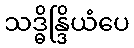
သဒ္ဓိန္ဒြိယံပေ